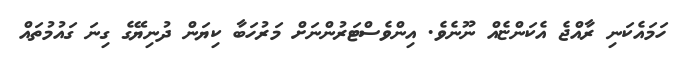
ހަމައެކަނި ރާއްޖެ އެކަންޏެއް ނޫނެވެ. އިންވެސްޓަރުންނަށް މަރުހަބާ ކިޔަން ދުނިޔޭގެ ގިނަ ގައުމުތައް